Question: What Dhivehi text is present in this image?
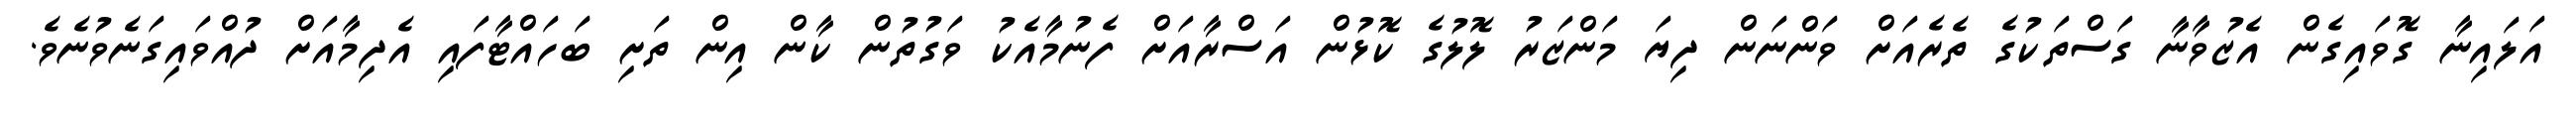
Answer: އަލައިނާ ގޮވައިގެން އެޒުވާނާ ގަސްތަކުގެ ތެރެއަށް ވަންނަން ދިޔަ މަންޒަރު ލޮލުގެ ކޮޅުން އަސްރާއަށް ފެނުމާއެކު ވަގުތުން ކާން އިން ތަށި ބަހައްޓާފައި އެދިމާއަށް ދުއްވައިގަނެވުނެވެ.